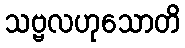
သဗ္ဗလဟုသောတိ